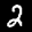
Label: 2